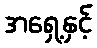
အရှေ့နှင့်